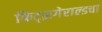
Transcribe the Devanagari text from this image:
फिट्झगेराल्डचा